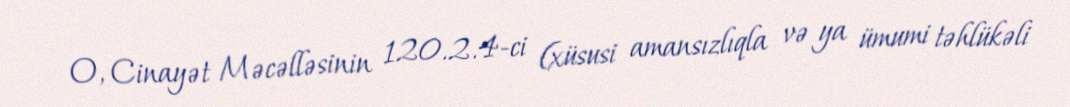
O, Cinayət Məcəlləsinin 120.2.4-ci (xüsusi amansızlıqla və ya ümumi təhlükəli